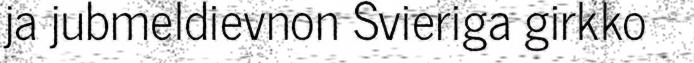
ja jubmeldievnon Svieriga girkko